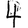
Digit: 4